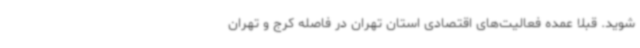
شوید. قبلاً عمده فعالیت‌های اقتصادی استان تهران در فاصله کرج و تهران